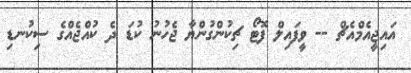
އައިޖީއެމްއެޗް -- ވީފައިލް ފޮޓޯ ޗިކުންގުންޔާ ޖެހުނު ކުޑަ ދެ ކުއްޖެއްގެ ސިކުނޑި